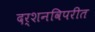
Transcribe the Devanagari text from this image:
दर्शनविपरीत